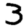
Digit: 3